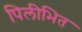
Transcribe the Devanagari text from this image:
पिलीभित